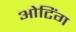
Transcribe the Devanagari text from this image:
ओटिंग